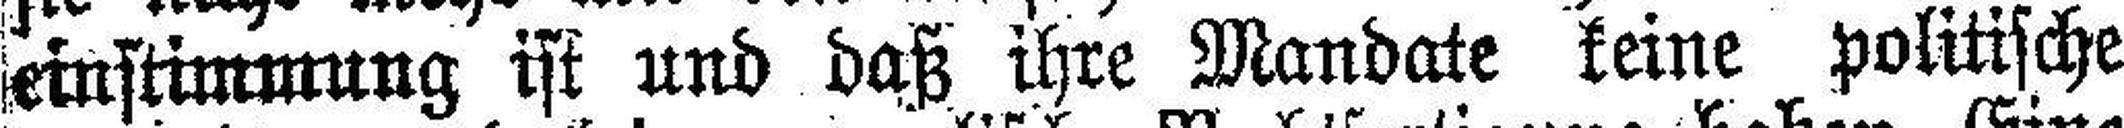
einstimmung ist und daß ihre Mandate keine politische